Annual statistical returns and brief notes on vaccination in Bengal - 1887-1898
Year: 1887
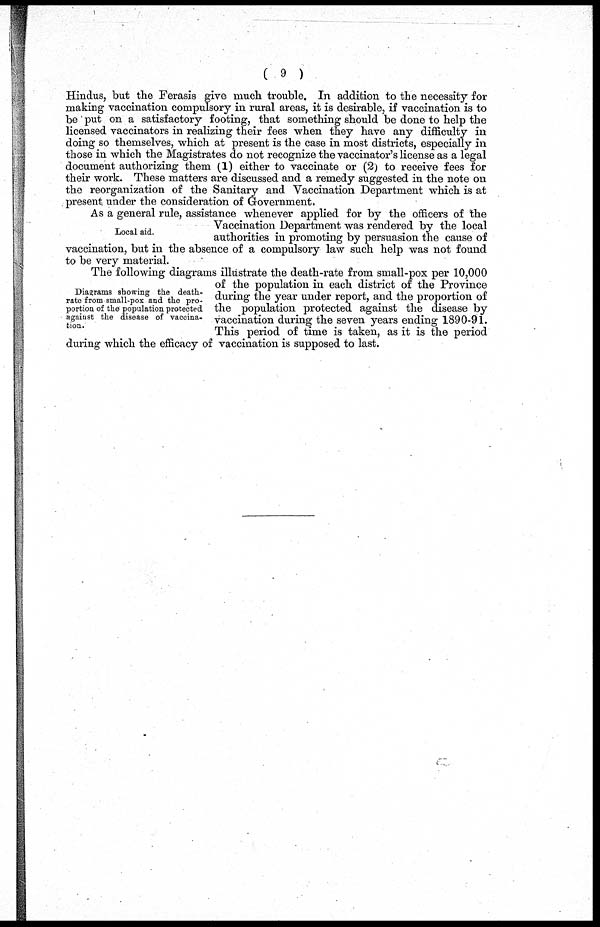
( 9 )
Hindus, but the Ferasis give much trouble. In addition to the necessity for
making vaccination compulsory in rural areas, it is desirable, if vaccination is to
be put on a satisfactory footing, that something should be done to help the
licensed vaccinators in realizing their fees when they have any difficulty in
doing so themselves, which at present is the case in most districts, especially in
those in which the Magistrates do not recognize the vaccinator's license as a legal
document authorizing them (1) either to vaccinate or (2) to receive fees for
their work. These matters are discussed and a remedy suggested in the note on
the reorganization of the Sanitary and Vaccination Department which is at
present under the consideration of Government,
Local aid.
As a general rule, assistance whenever applied for by the officers of the
Vaccination Department was rendered by the local
authorities in promoting by persuasion the cause of
vaccination, but in the absence of a compulsory law such help was not found
to be very material.
Diagrams showing the death.-
rate from small-pox and the pro-
portion of the population protected
against the disease of vaccina-
tion.
The following diagrams illustrate the death-rate from small-pox per 10,000
of the population in each district of the Province
during the year under report, and the proportion of
the population protected against the disease by
vaccination during the seven years ending 1890-91.
This period of time is taken, as it is the period
during which the efficacy of vaccination is supposed to last.